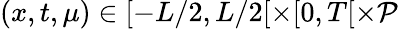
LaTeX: (x,t,\mu)\in[-L/2,L/2[\times[0,T[\times\mathcal{P}